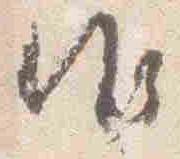
御